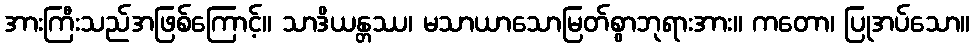
အားကြီးသည်အဖြစ်ကြောင့်။ သာဒိယန္တဿ၊ မသာယာသောမြတ်စွာဘုရားအား။ ကတော၊ ပြုအပ်သော။